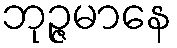
ဘုဉ္ဇမာနေ